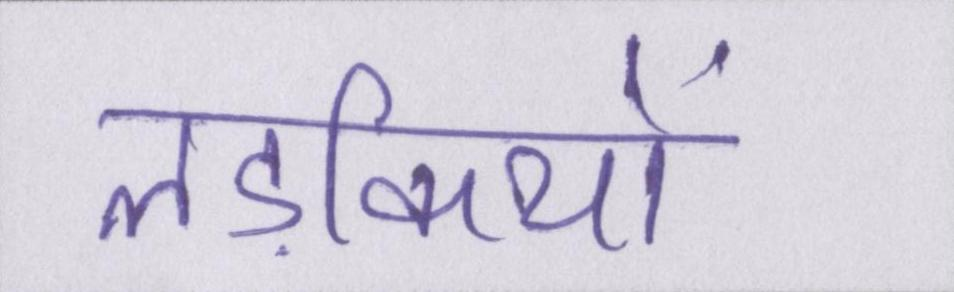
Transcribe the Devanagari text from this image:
लड़कियों